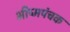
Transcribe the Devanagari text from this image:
भीष्मपंचक